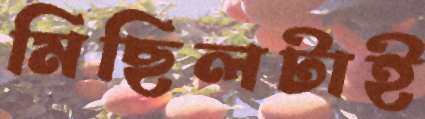
মিছিলটাই